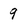
Character: 9